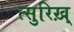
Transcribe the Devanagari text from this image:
त्सुरिख़्